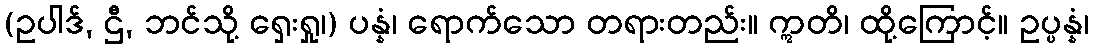
(ဥပါဒ်, ဌီ, ဘင်သို့ ရှေးရှု၊) ပန္နံ၊ ရောက်သော တရားတည်း။ ဣတိ၊ ထို့ကြောင့်။ ဥပ္ပန္နံ၊